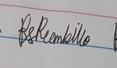
Signature authenticity: genuine